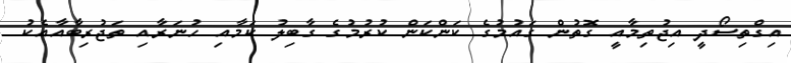
އިގްތިސޯދީ އިޖުތިމާއީ ގޮތުން ގައުމުގެ ކަންކަން ކުރުމުގެ ގާބިލު ކަމާއި ހުނަރާއި ތަޖުރިބާއާއެކު